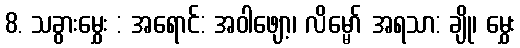
8. သခွားမွှေး : အရောင်: အဝါဖျော့၊ လိမ္မော် အရသာ: ချို၊ မွှေး